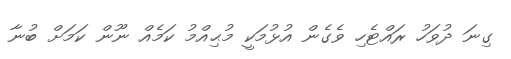
ގިނަ ދުވަހު ރައްޓެހި ވެގެން އުޅުމަކީ މުޙިއްމު ކަމެއް ނޫން ކަމަށް ބުނާ